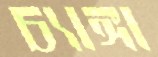
চ্যাঙ্গা